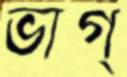
ভাগ্